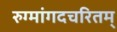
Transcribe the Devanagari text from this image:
रुग्मांगदचरितम्